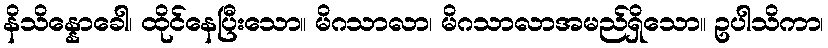
နိသိန္နောခေါ၊ ထိုင်နေပြီးသော။ မိဂသာလာ၊ မိဂသာလာအမည်ရှိသော။ ဥပါသိကာ၊